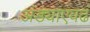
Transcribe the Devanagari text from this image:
अंड्याएवढं